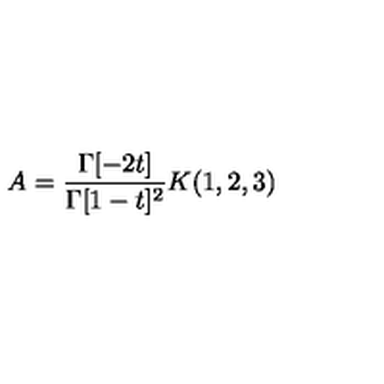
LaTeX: A = \frac { \Gamma [ - 2 t ] } { \Gamma [ 1 - t ] ^ { 2 } } K ( 1 , 2 , 3 )